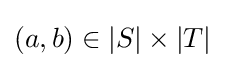
(a,b)\in |S|\times |T|